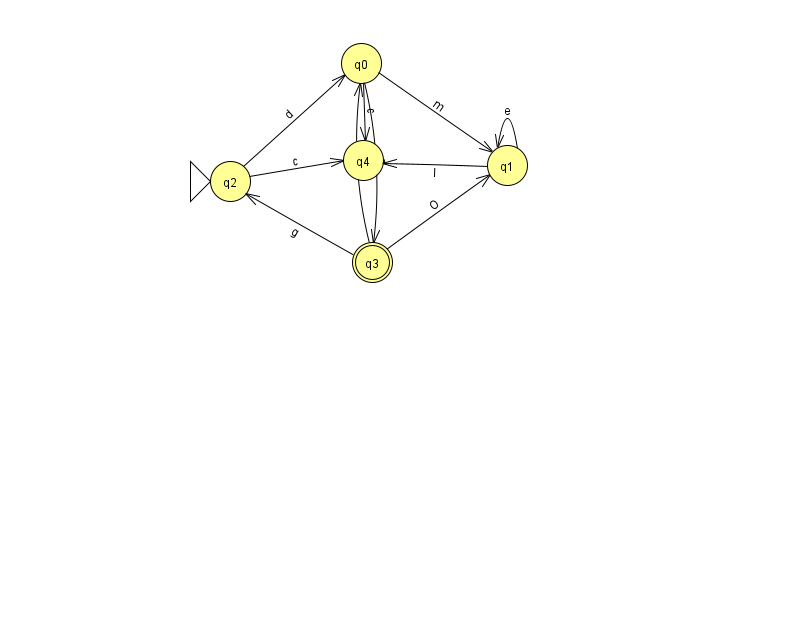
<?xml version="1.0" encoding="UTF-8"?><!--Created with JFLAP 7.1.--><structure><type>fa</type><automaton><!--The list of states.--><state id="0" name="q0"><x>361.0</x><y>50.0</y></state><state id="1" name="q1"><x>507.0</x><y>152.0</y></state><state id="2" name="q2"><x>230.0</x><y>168.0</y><initial/></state><state id="3" name="q3"><x>372.0</x><y>249.0</y><final/></state><state id="4" name="q4"><x>363.0</x><y>147.0</y></state><!--The list of transitions.--><transition><from>0</from><to>3</to><read>a</read></transition><transition><from>3</from><to>2</to><read>g</read></transition><transition><from>1</from><to>4</to><read>I</read></transition><transition><from>2</from><to>0</to><read>d</read></transition><transition><from>3</from><to>0</to><read>U</read></transition><transition><from>1</from><to>1</to><read>e</read></transition><transition><from>0</from><to>4</to><read>c</read></transition><transition><from>0</from><to>1</to><read>m</read></transition><transition><from>3</from><to>1</to><read>O</read></transition><transition><from>2</from><to>4</to><read>c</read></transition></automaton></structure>